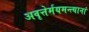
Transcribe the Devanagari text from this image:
अवृत्तेर्मयमन्त्यानां